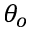
\theta _ { o }